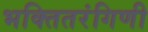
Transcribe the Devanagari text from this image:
भक्तितरंगिणी